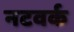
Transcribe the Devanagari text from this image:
नटवर्क